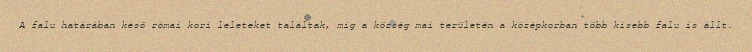
A falu határában késő római kori leleteket találtak, míg a község mai területén a középkorban több kisebb falu is állt.